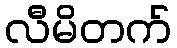
လီမိတက်